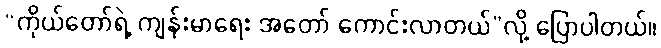
“ကိုယ်တော်ရဲ့ ကျန်းမာရေး အတော် ကောင်းလာတယ်”လို့ ပြောပါတယ်။